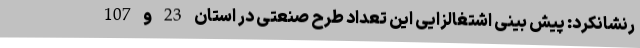
رنشانکرد: پیش بینی اشتغالزایی این تعداد طرح صنعتی در استان 23 و 107